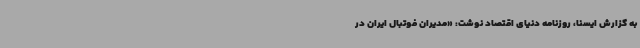
به گزارش ایسنا، روزنامه دنیای‌ اقتصاد نوشت: «مدیران فوتبال ایران در